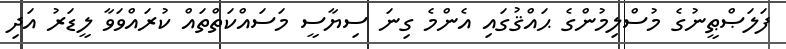
ފަލަޞްޠީނުގެ މުސްލިމުންގެ ޙައްޤުގައި އެންމެ ގިނަ ސިޔާސީ މަސައްކަތްތައް ކުރައްވަވާ ލީޑަރު އަދި